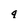
Character: q